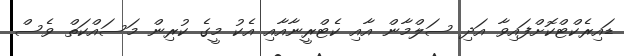
ޑައިރެކްޓްކޮށްފައިވާ އަދި ސަލްމާން އާއި ކެޓްރީނާއާއި އެކު މީގެ ކުރިން މަސައްކަތް ވެސް